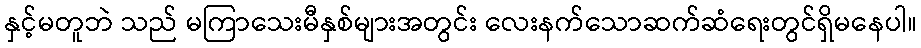
နှင့်မတူဘဲ သည် မကြာသေးမီနှစ်များအတွင်း လေးနက်သောဆက်ဆံရေးတွင်ရှိမနေပါ။